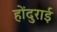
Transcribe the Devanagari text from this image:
होंदुराई